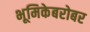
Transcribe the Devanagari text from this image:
भूमिकेबरोबर